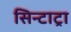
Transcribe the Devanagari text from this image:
सिन्टाट्रा